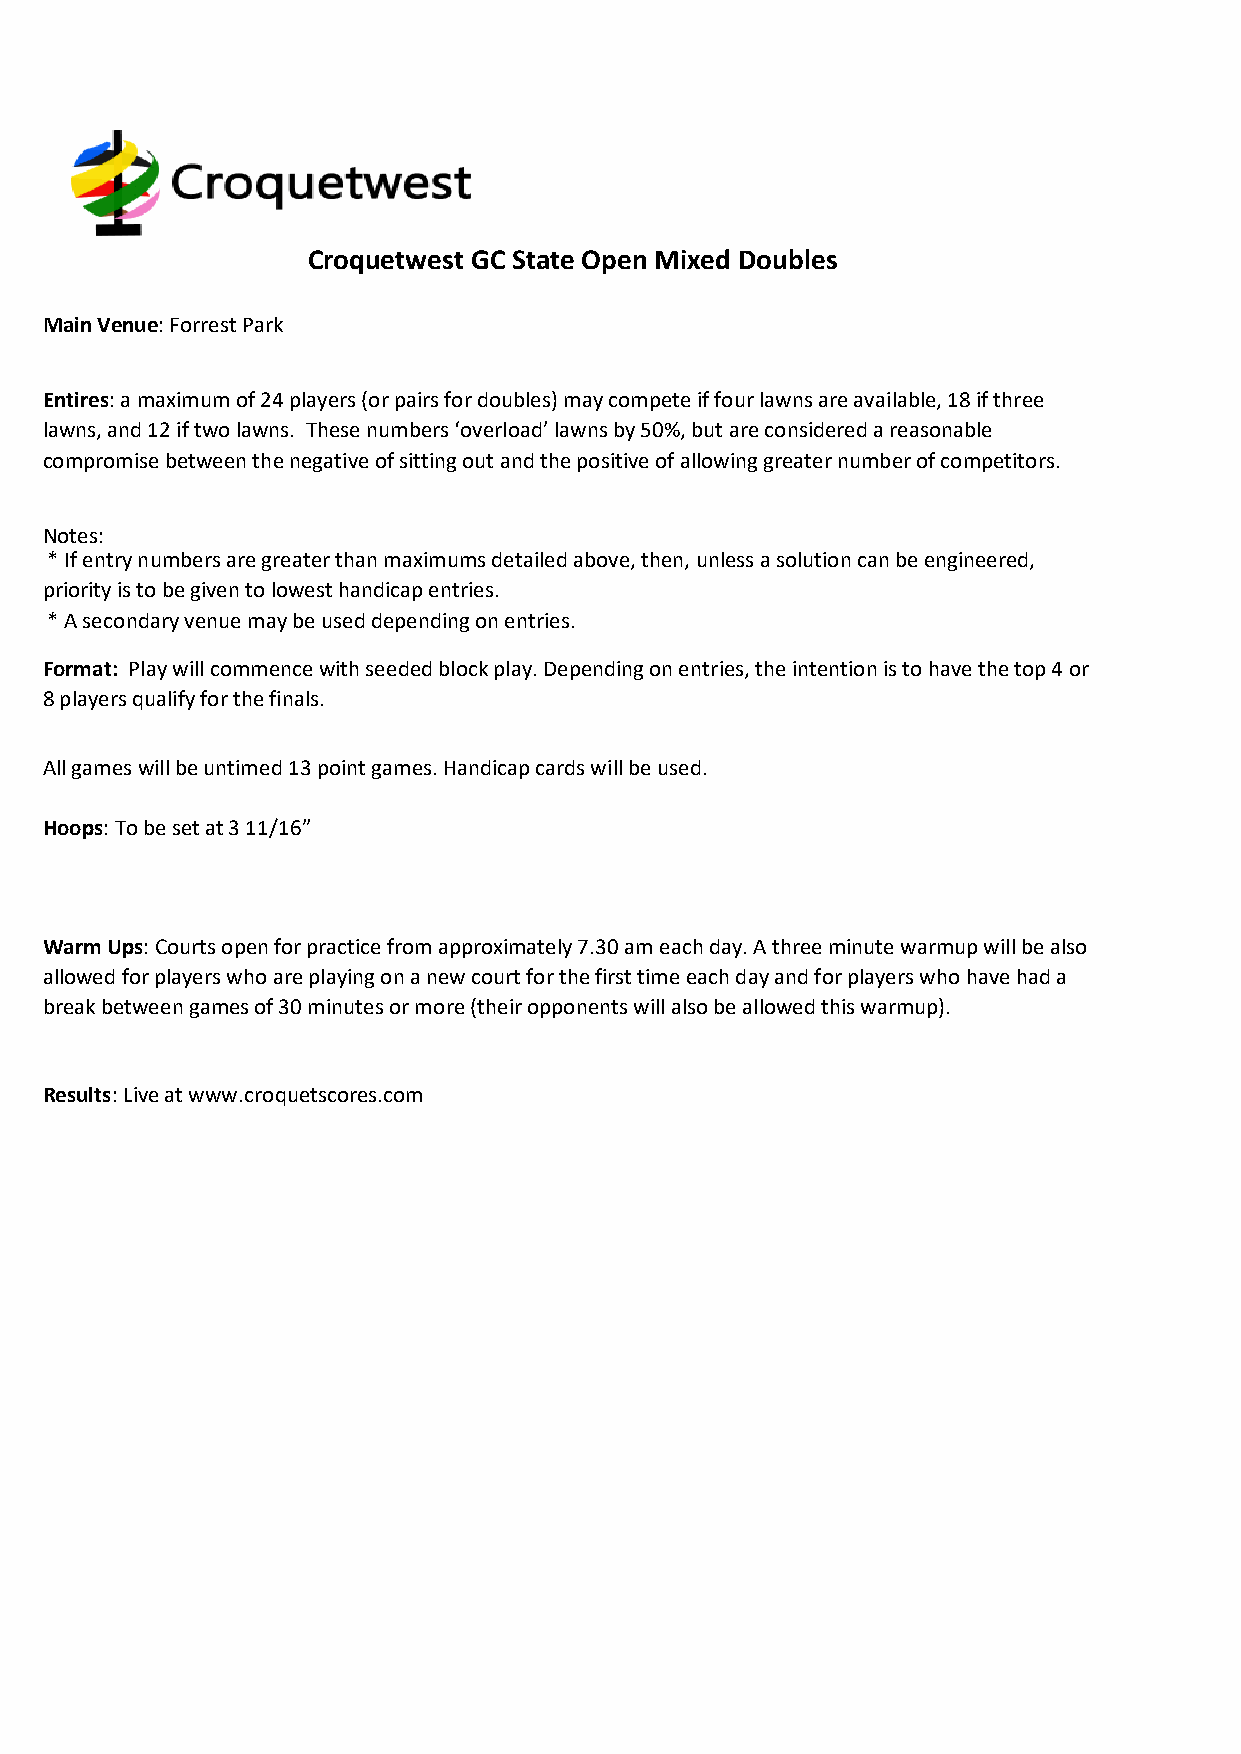
Croquetwest GC State Open Mixed Doubles
 Main Venue: Forrest Park
 Entires: a maximum of 24 players (or pairs for doubles) may compete if four lawns are available, 18 if three
 lawns, and 12 if two lawns. These numbers ‘overload’ lawns by 50%, but are considered a reasonable
 compromise between the negative of sitting out and the positive of allowing greater number of competitors.
 Notes:
 * If entry numbers are greater than maximums detailed above, then, unless a solution can be engineered,
 priority is to be given to lowest handicap entries.
 * A secondary venue may be used depending on entries.
 Format: Play will commence with seeded block play. Depending on entries, the intention is to have the top 4 or
 8 players qualify for the finals.
 All games will be untimed 13 point games. Handicap cards will be used.
 Hoops: To be set at 3 11/16”
 Warm Ups: Courts open for practice from approximately 7.30 am each day. A three minute warmup will be also
 allowed for players who are playing on a new court for the first time each day and for players who have had a
 break between games of 30 minutes or more (their opponents will also be allowed this warmup).
 Results: Live at www.croquetscores.com